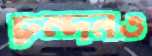
চন্দনও